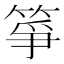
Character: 箏